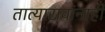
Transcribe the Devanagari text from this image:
तात्यारावांनाही